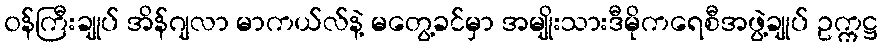
၀န်ကြီးချုပ် အိန်ဂျလာ မာကယ်လ်နဲ့ မတွေ့ခင်မှာ အမျိုးသားဒီမိုကရေစီအဖွဲ့ချုပ် ဥက္ကဋ္ဌ